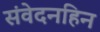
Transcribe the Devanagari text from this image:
संवेदनहिन